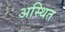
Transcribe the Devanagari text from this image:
अस्थित